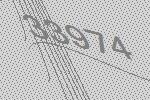
33974